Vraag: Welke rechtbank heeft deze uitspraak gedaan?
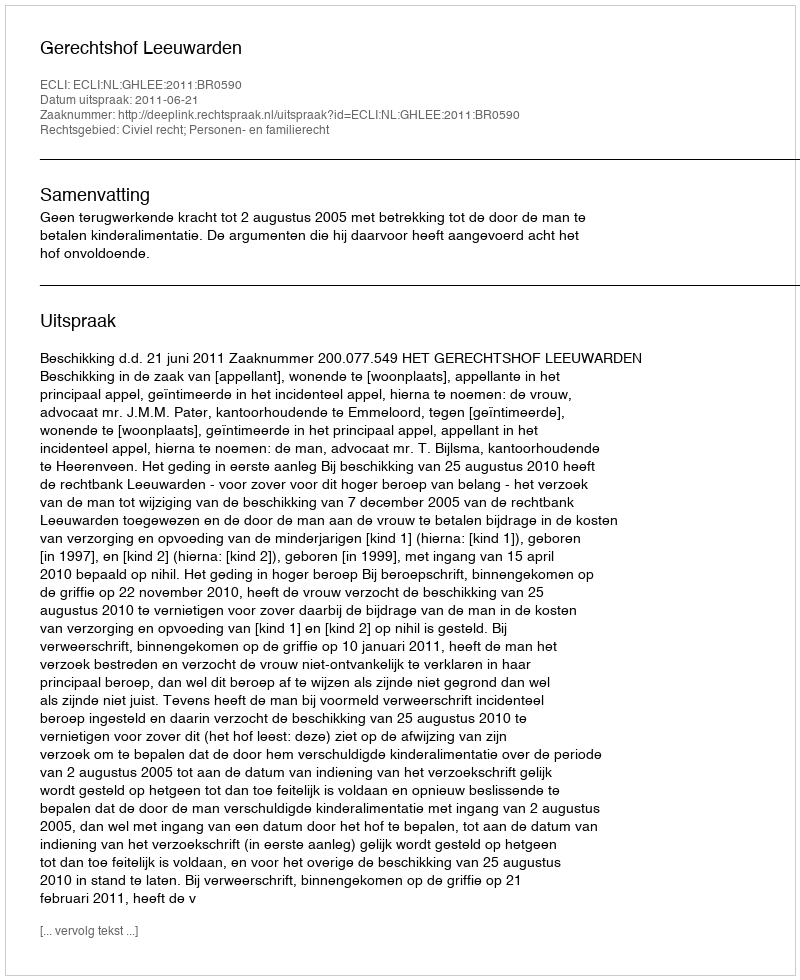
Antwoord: Gerechtshof Leeuwarden